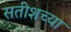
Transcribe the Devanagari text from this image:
सतीशच्या